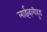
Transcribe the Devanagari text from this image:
लाईव्हलीहुड